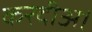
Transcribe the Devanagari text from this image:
करदीअ।